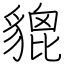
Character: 貔